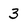
Character: 3